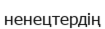
ненецтердің